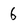
Character: 6